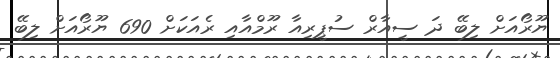
ޔޫރޯއަށް ލިބޭ ދަ ސީއާރް ސުޕީރިއާ ރޫމްއާއި ރެއަކަށް 690 ޔޫރޯއަށް ލިބޭ